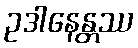
ဥဒါနေန္တဿ